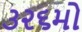
૩૨૬મો